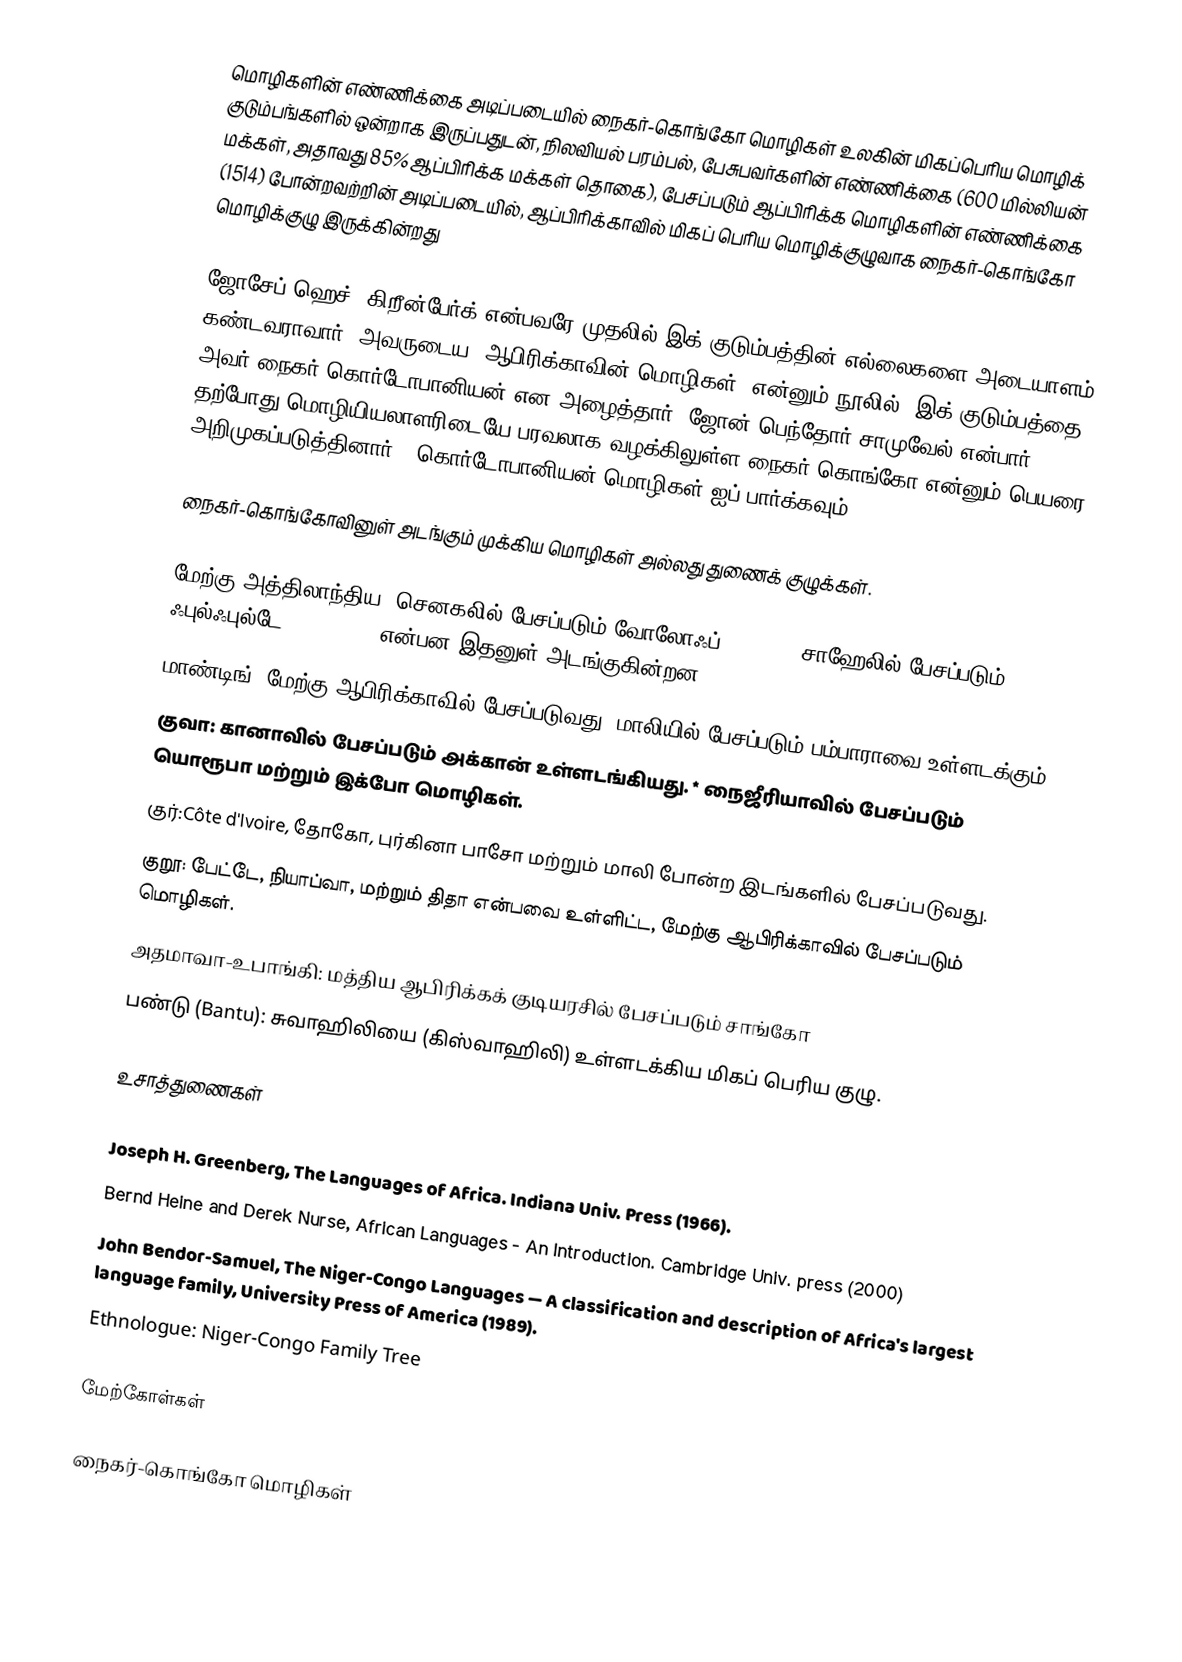
மொழிகளின் எண்ணிக்கை அடிப்படையில் நைகர்-கொங்கோ மொழிகள் உலகின் மிகப்பெரிய மொழிக் குடும்பங்களில் ஒன்றாக இருப்பதுடன், நிலவியல் பரம்பல், பேசுபவர்களின் எண்ணிக்கை (600 மில்லியன் மக்கள், அதாவது 85% ஆப்பிரிக்க மக்கள் தொகை), பேசப்படும் ஆப்பிரிக்க மொழிகளின் எண்ணிக்கை (1514) போன்றவற்றின் அடிப்படையில், ஆப்பிரிக்காவில் மிகப் பெரிய மொழிக்குழுவாக நைகர்-கொங்கோ மொழிக்குழு இருக்கின்றது

ஜோசேப் ஹெச். கிறீன்பேர்க் என்பவரே முதலில் இக் குடும்பத்தின் எல்லைகளை அடையாளம் கண்டவராவார். அவருடைய "ஆபிரிக்காவின் மொழிகள்" என்னும் நூலில், இக் குடும்பத்தை அவர் நைகர்-கொர்டோபானியன் என அழைத்தார். ஜோன் பெந்தோர்-சாமுவேல் என்பார் தற்போது மொழியியலாளரிடையே பரவலாக வழக்கிலுள்ள நைகர்-கொங்கோ என்னும் பெயரை அறிமுகப்படுத்தினார். (கொர்டோபானியன் மொழிகள் ஐப் பார்க்கவும்)

நைகர்-கொங்கோவினுள் அடங்கும் முக்கிய மொழிகள் அல்லது துணைக் குழுக்கள்.

 மேற்கு அத்திலாந்திய: செனகலில் பேசப்படும் வோலோஃப் (Wolof), சாஹேலில் பேசப்படும் ஃபுல்ஃபுல்டே (Fulfulde) என்பன இதனுள் அடங்குகின்றன.
 மாண்டிங்: மேற்கு ஆபிரிக்காவில் பேசப்படுவது; மாலியில் பேசப்படும் பம்பாராவை உள்ளடக்கும்.
 குவா: கானாவில் பேசப்படும் அக்கான் உள்ளடங்கியது. * நைஜீரியாவில் பேசப்படும் யொரூபா மற்றும் இக்போ மொழிகள்.
 குர்:Côte d'Ivoire, தோகோ, புர்கினா பாசோ மற்றும் மாலி போன்ற இடங்களில் பேசப்படுவது.
 குறூ: பேட்டே, நியாப்வா, மற்றும் திதா என்பவை உள்ளிட்ட, மேற்கு ஆபிரிக்காவில் பேசப்படும் மொழிகள்.
 அதமாவா-உபாங்கி: மத்திய ஆபிரிக்கக் குடியரசில் பேசப்படும் சாங்கோ
 பண்டு (Bantu): சுவாஹிலியை (கிஸ்வாஹிலி) உள்ளடக்கிய மிகப் பெரிய குழு.

உசாத்துணைகள்

 Joseph H. Greenberg, The Languages of Africa. Indiana Univ. Press (1966).
 Bernd Heine and Derek Nurse, African Languages - An Introduction. Cambridge Univ. press (2000)
 John Bendor-Samuel, The Niger-Congo Languages — A classification and description of Africa's largest language family, University Press of America (1989).
 Ethnologue: Niger-Congo Family Tree

மேற்கோள்கள்

நைகர்-கொங்கோ மொழிகள்